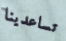
تساعدينا